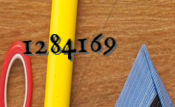
1284169